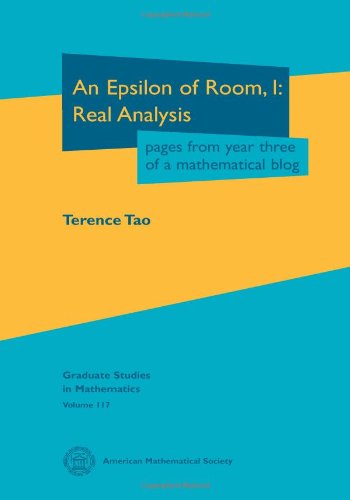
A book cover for An Epsilon of Room Real Analysis: Pages from Year Three of a Mathematical Blog (Graduate Studies in Mathematics); Terence Tao; Science & Math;